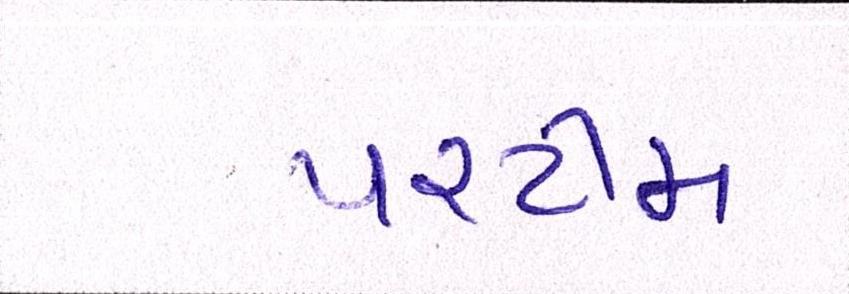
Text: પરટીમ